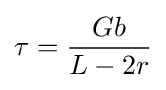
\tau ={\frac {Gb}{L-2r}}\,\!